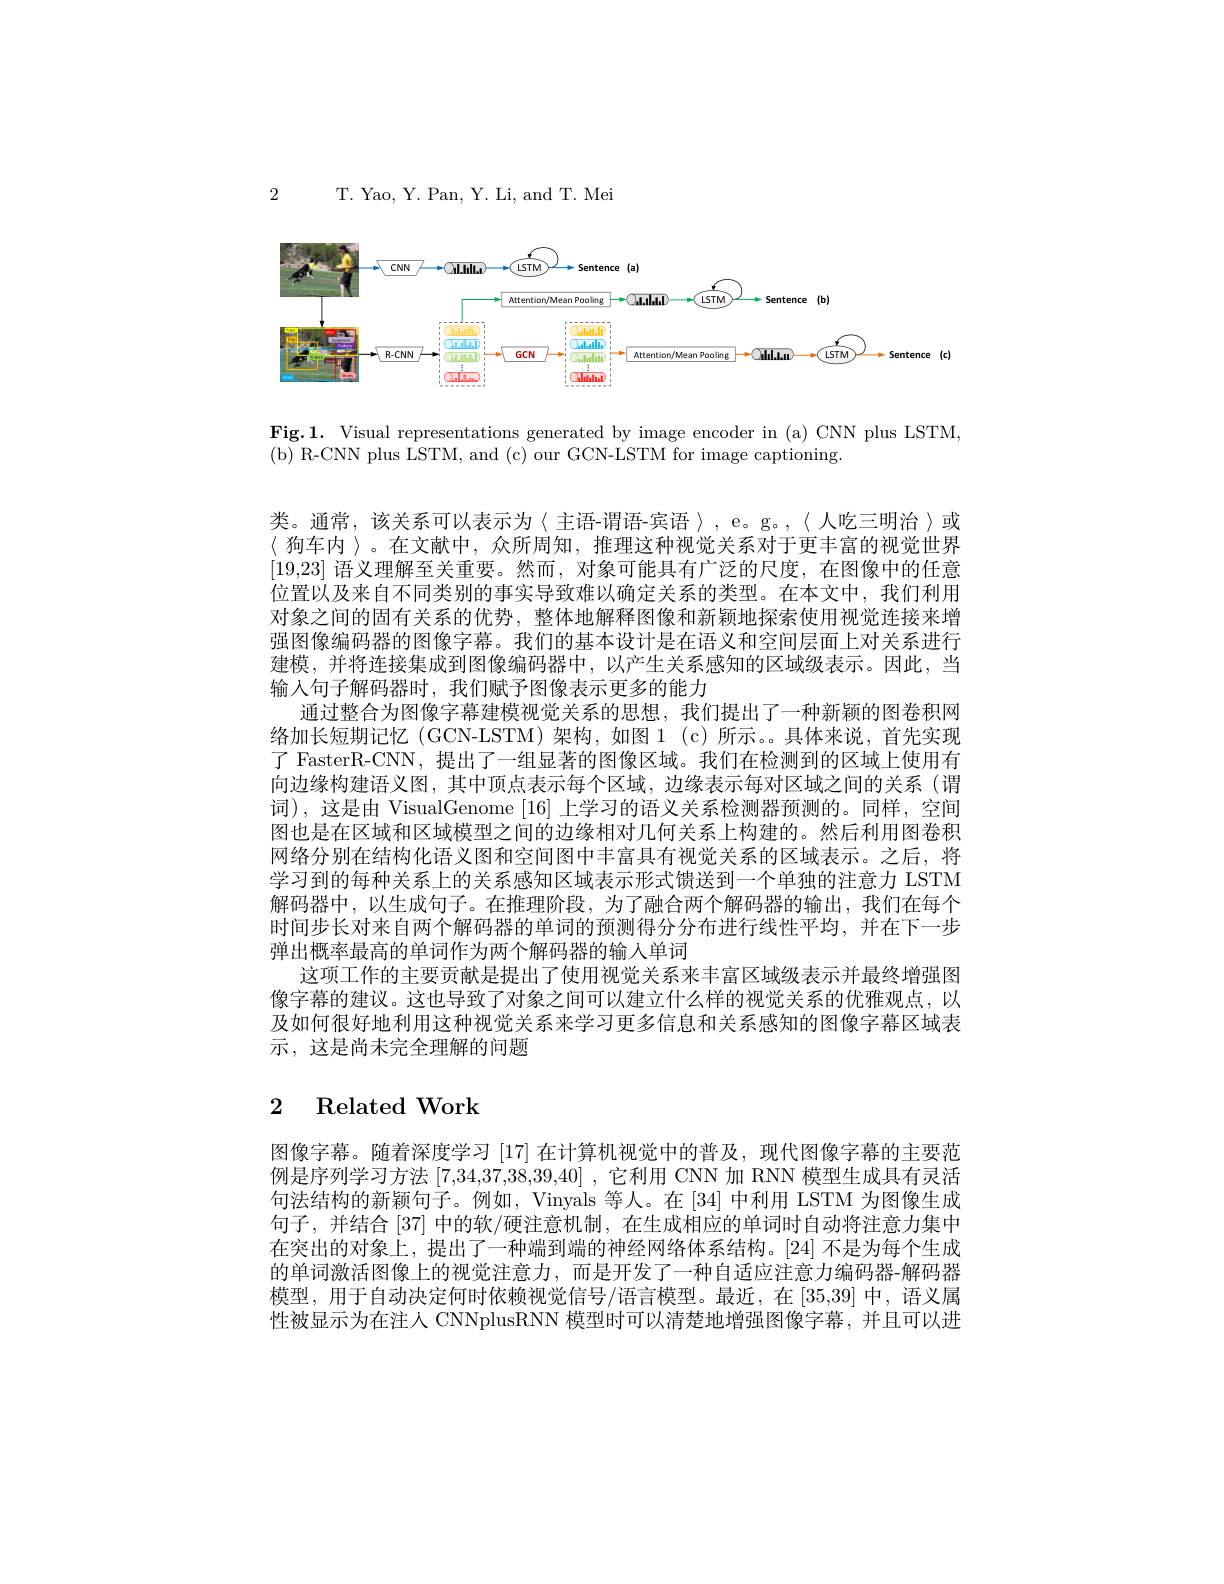
2

T. Yao, Y. Pan, Y. Li, and T. Mei

<FigureHere>

Fig.1. Visual representations generated by image encoder in (a) CNN plus LSTM,
( b) R- CNN plus LSTM, and ( c) our GCN- LSTM for image captioning.

类。通常，该关系可以表示为〈主语-谓语-宾语〉,e。g。〈人吃三明治〉或$\langle$狗车内 〉。在文献中，众所周知，推理这种视觉关系对于更丰富的视觉世界[19,23]语义理解至关重要。然而，对象可能具有广泛的尺度，在图像中的任意位置以及来自不同类别的事实导致难以确定关系的类型。在本文中，我们利用对象之间的固有关系的优势，整体地解释图像和新颖地探索使用视觉连接来增强图像编码器的图像字幕。我们的基本设计是在语义和空间层面上对关系进行建模，并将连接集成到图像编码器中，以产生关系感知的区域级表示。因此，当输入句子解码器时，我们赋予图像表示更多的能力
通过整合为图像字幕建模视觉关系的思想，我们提出了一种新颖的图卷积网络加长短期记忆 (GCN-LSTM)架构，如图1 (c)所示。具体来说，首先实现了 FasterR-CNN, 提出了一组显著的图像区域。我们在检测到的区域上使用有向边缘构建语义图，其中顶点表示每个区域，边缘表示每对区域之间的关系(谓词),这是由 VisualGenome [16]上学习的语义关系检测器预测的。同样，空间图也是在区域和区域模型之间的边缘相对几何关系上构建的。然后利用图卷积网络分别在结构化语义图和空间图中丰富具有视觉关系的区域表示。之后，将学习到的每种关系上的关系感知区域表示形式馈送到一个单独的注意力 LSTM 解码器中，以生成句子。在推理阶段，为了融合两个解码器的输出，我们在每个时间步长对来自两个解码器的单词的预测得分分布进行线性平均，并在下一步弹出概率最高的单词作为两个解码器的输入单词
这项工作的主要贡献是提出了使用视觉关系来丰富区域级表示并最终增强图像字幕的建议。这也导致了对象之间可以建立什么样的视觉关系的优雅观点，以及如何很好地利用这种视觉关系来学习更多信息和关系感知的图像字幕区域表示，这是尚未完全理解的问题

# 2 Related Work

图像字幕。随着深度学习 [17] 在计算机视觉中的普及，现代图像字幕的主要范例是序列学习方法 [7,34,37,38,39,40] ,它利用 CNN 加 RNN 模型生成具有灵活句法结构的新颖句子。例如，Vinyals 等人。在 [34] 中利用 LSTM 为图像生成句子，并结合[37] 中的软/硬注意机制，在生成相应的单词时自动将注意力集中在突出的对象上，提出了一种端到端的神经网络体系结构。[24] 不是为每个生成的单词激活图像上的视觉注意力，而是开发了一种自适应注意力编码器-解码器模型，用于自动决定何时依赖视觉信号/语言模型。最近，在[35,39]中，语义属性被显示为在注人 CNNplusRNN 模型时可以清楚地增强图像字幕，并且可以进